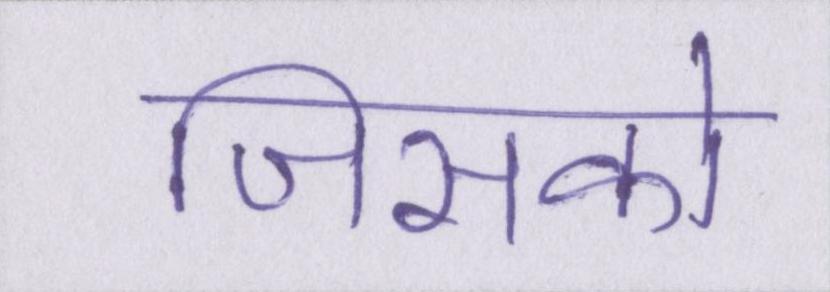
जिसको